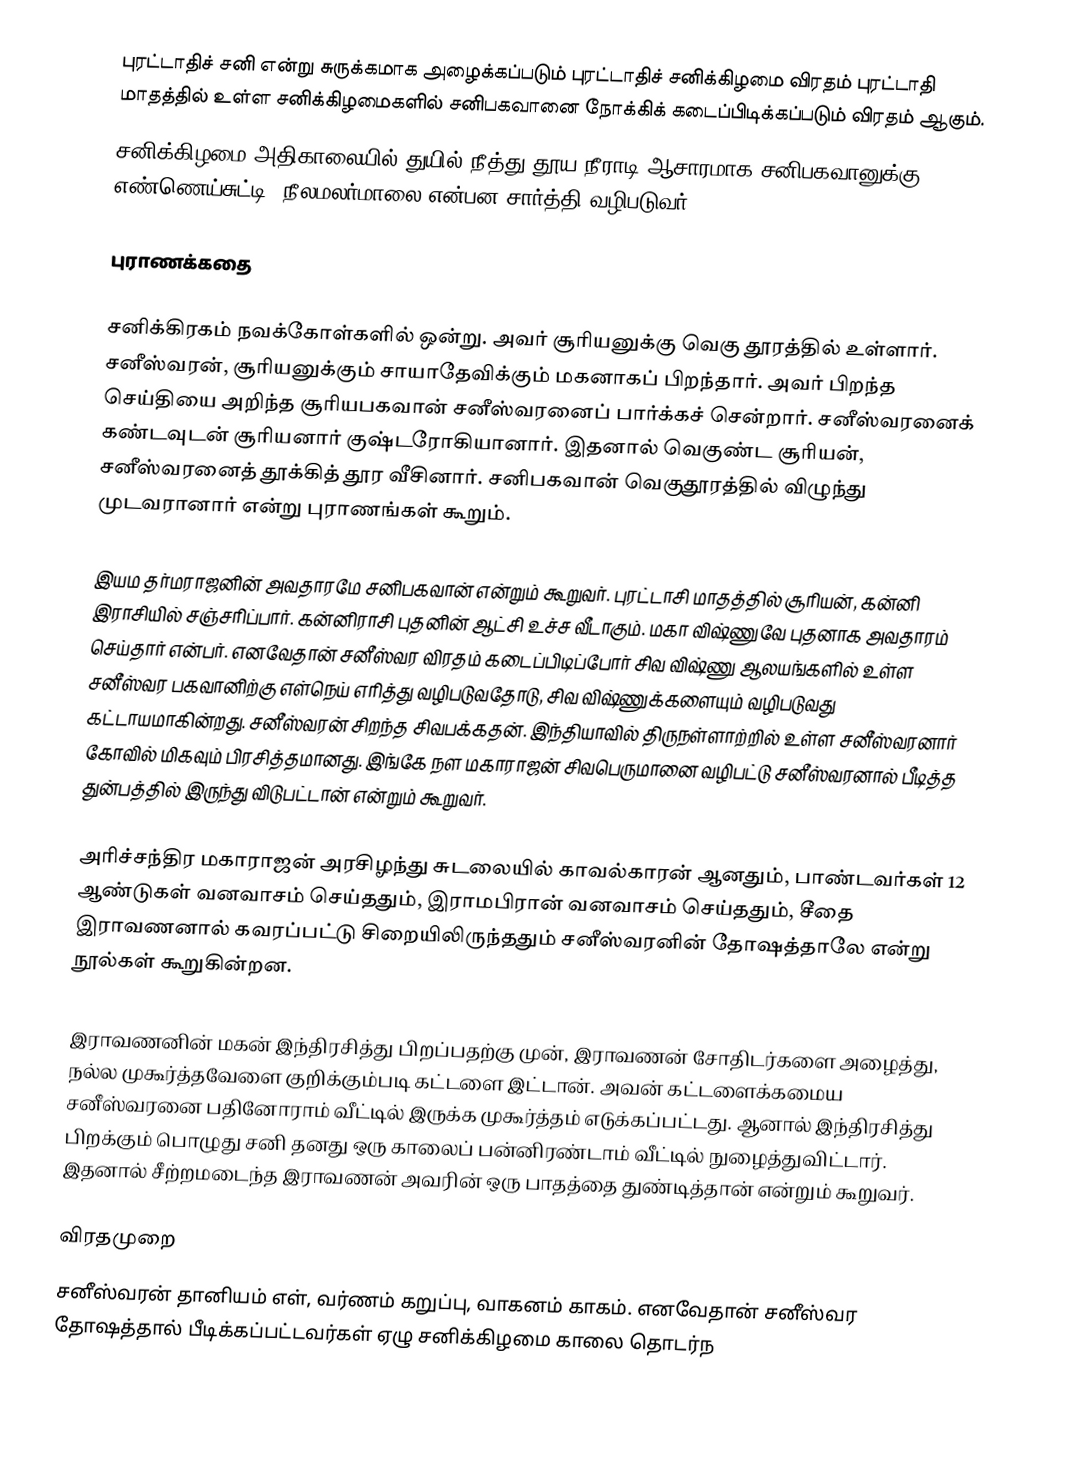
புரட்டாதிச் சனி என்று சுருக்கமாக அழைக்கப்படும் புரட்டாதிச் சனிக்கிழமை விரதம் புரட்டாதி மாதத்தில் உள்ள சனிக்கிழமைகளில் சனிபகவானை நோக்கிக் கடைப்பிடிக்கப்படும் விரதம் ஆகும்.
சனிக்கிழமை அதிகாலையில் துயில் நீத்து,தூய நீராடி ஆசாரமாக சனிபகவானுக்கு  எண்ணெய்சுட்டி, நீலமலர்மாலை என்பன சார்த்தி வழிபடுவர்.

புராணக்கதை

சனிக்கிரகம் நவக்கோள்களில் ஒன்று. அவர் சூரியனுக்கு வெகு தூரத்தில் உள்ளார். சனீஸ்வரன், சூரியனுக்கும் சாயாதேவிக்கும் மகனாகப் பிறந்தார். அவர் பிறந்த செய்தியை அறிந்த சூரியபகவான் சனீஸ்வரனைப் பார்க்கச் சென்றார். சனீஸ்வரனைக் கண்டவுடன் சூரியனார் குஷ்டரோகியானார். இதனால் வெகுண்ட சூரியன், சனீஸ்வரனைத் தூக்கித் தூர வீசினார். சனிபகவான் வெகுதூரத்தில் விழுந்து முடவரானார் என்று புராணங்கள் கூறும்.

இயம தர்மராஜனின் அவதாரமே சனிபகவான் என்றும் கூறுவர். புரட்டாசி மாதத்தில் சூரியன், கன்னி இராசியில் சஞ்சரிப்பார். கன்னிராசி புதனின் ஆட்சி உச்ச வீடாகும். மகா விஷ்ணுவே புதனாக அவதாரம் செய்தார் என்பர். எனவேதான் சனீஸ்வர விரதம் கடைப்பிடிப்போர் சிவ விஷ்ணு ஆலயங்களில் உள்ள சனீஸ்வர பகவானிற்கு எள்நெய் எரித்து வழிபடுவதோடு, சிவ விஷ்ணுக்களையும் வழிபடுவது கட்டாயமாகின்றது. சனீஸ்வரன் சிறந்த சிவபக்கதன். இந்தியாவில் திருநள்ளாற்றில் உள்ள சனீஸ்வரனார் கோவில் மிகவும் பிரசித்தமானது. இங்கே நள மகாராஜன் சிவபெருமானை வழிபட்டு சனீஸ்வரனால் பீடித்த துன்பத்தில் இருந்து விடுபட்டான் என்றும் கூறுவர்.

அரிச்சந்திர மகாராஜன் அரசிழந்து சுடலையில் காவல்காரன் ஆனதும், பாண்டவர்கள் 12 ஆண்டுகள் வனவாசம் செய்ததும், இராமபிரான் வனவாசம் செய்ததும், சீதை இராவணனால் கவரப்பட்டு சிறையிலிருந்ததும் சனீஸ்வரனின் தோஷத்தாலே என்று நூல்கள் கூறுகின்றன.

இராவணனின் மகன் இந்திரசித்து பிறப்பதற்கு முன், இராவணன் சோதிடர்களை அழைத்து, நல்ல முகூர்த்தவேளை குறிக்கும்படி கட்டளை இட்டான். அவன் கட்டளைக்கமைய சனீஸ்வரனை பதினோராம் வீட்டில் இருக்க முகூர்த்தம் எடுக்கப்பட்டது. ஆனால் இந்திரசித்து பிறக்கும் பொழுது சனி தனது ஒரு காலைப் பன்னிரண்டாம் வீட்டில் நுழைத்துவிட்டார். இதனால் சீற்றமடைந்த இராவணன் அவரின் ஒரு பாதத்தை துண்டித்தான் என்றும் கூறுவர்.

விரதமுறை
சனீஸ்வரன் தானியம் எள், வர்ணம் கறுப்பு, வாகனம் காகம். எனவேதான் சனீஸ்வர தோஷத்தால் பீடிக்கப்பட்டவர்கள் ஏழு சனிக்கிழமை காலை தொடர்ந